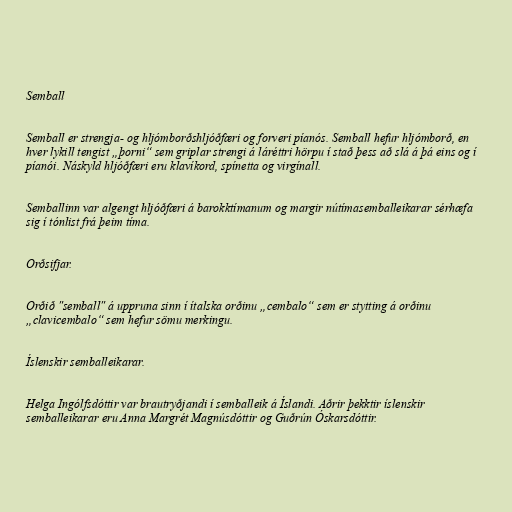
Semball

Semball er strengja- og hljómborðshljóðfæri og forveri píanós. Semball hefur hljómborð, en
hver lykill tengist „þorni“ sem griplar strengi á láréttri hörpu í stað þess að slá á þá eins og í
píanói. Náskyld hljóðfæri eru klavíkord, spínetta og virgínall.

Semballinn var algengt hljóðfæri á barokktímanum og margir nútímasemballeikarar sérhæfa
sig í tónlist frá þeim tíma.

Orðsifjar.

Orðið "semball" á uppruna sinn í ítalska orðinu „cembalo“ sem er stytting á orðinu
„clavicembalo“ sem hefur sömu merkingu.

Íslenskir semballeikarar.

Helga Ingólfsdóttir var brautryðjandi í semballeik á Íslandi. Aðrir þekktir íslenskir
semballeikarar eru Anna Margrét Magnúsdóttir og Guðrún Óskarsdóttir.